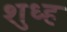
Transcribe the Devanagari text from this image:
शुध्ह